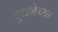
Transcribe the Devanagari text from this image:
दुधनेच्या